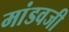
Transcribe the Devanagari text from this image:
मांडवजी